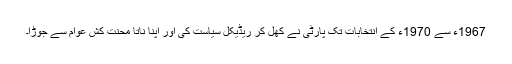
1967ء سے 1970ء کے انتخابات تک پارٹی نے کھل کر ریڈیکل سیاست کی اور اپنا ناتا محنت کش عوام سے جوڑا۔